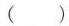
()